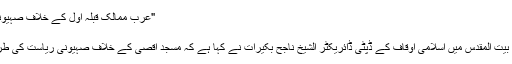
"عرب ممالک قبلہ اول کے خلاف صہیونی سازشوں کے ذمہ دار ہیں"الشیخ ناجح بکیرات
اگست 22, 2019	141 Views
مقبوضہ بیت المقدس (مانیٹرنگ ڈیسک)مقبوضہ بیت المقدس میں اسلامی اوقاف کے ڈپٹی ڈائریکٹر الشیخ ناجح بکیرات نے کہا ہے کہ مسجد اقصیٰ کے خلاف صہیونی ریاست کی طرف سے مختلف شکلوں میں جارحیت جاری ہے۔